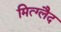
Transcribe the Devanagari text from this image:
मित्ग्लैद